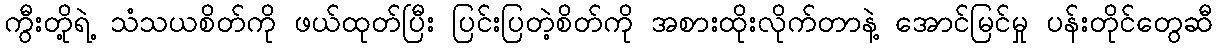
ကွီးတို့ရဲ့ သံသယစိတ်ကို ဖယ်ထုတ်ပြီး ပြင်းပြတဲ့စိတ်ကို အစားထိုးလိုက်တာနဲ့ အောင်မြင်မှု ပန်းတိုင်တွေဆီ